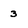
Character: 3